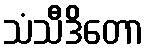
သံသီဒိတော